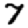
Digit: 7